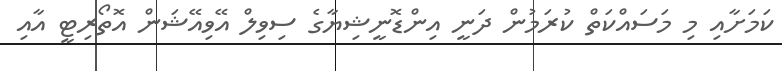
ކަމަށާއި މި މަސައްކަތް ކުރަމުން ދަނީ އިންޑޮނީޝިޔާގެ ސިވިލް އޭވިއޭޝަން އޮތޯރިޓީ އާއި